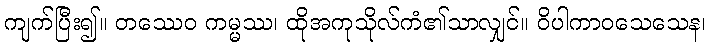
ကျက်ပြီး၍။ တဿေဝ ကမ္မဿ၊ ထိုအကုသိုလ်ကံ၏သာလျှင်။ ဝိပါကာဝသေသေန၊